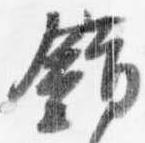
錯